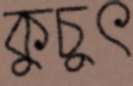
কুচুৎ